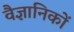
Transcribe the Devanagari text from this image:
वैज्ञानिकाें